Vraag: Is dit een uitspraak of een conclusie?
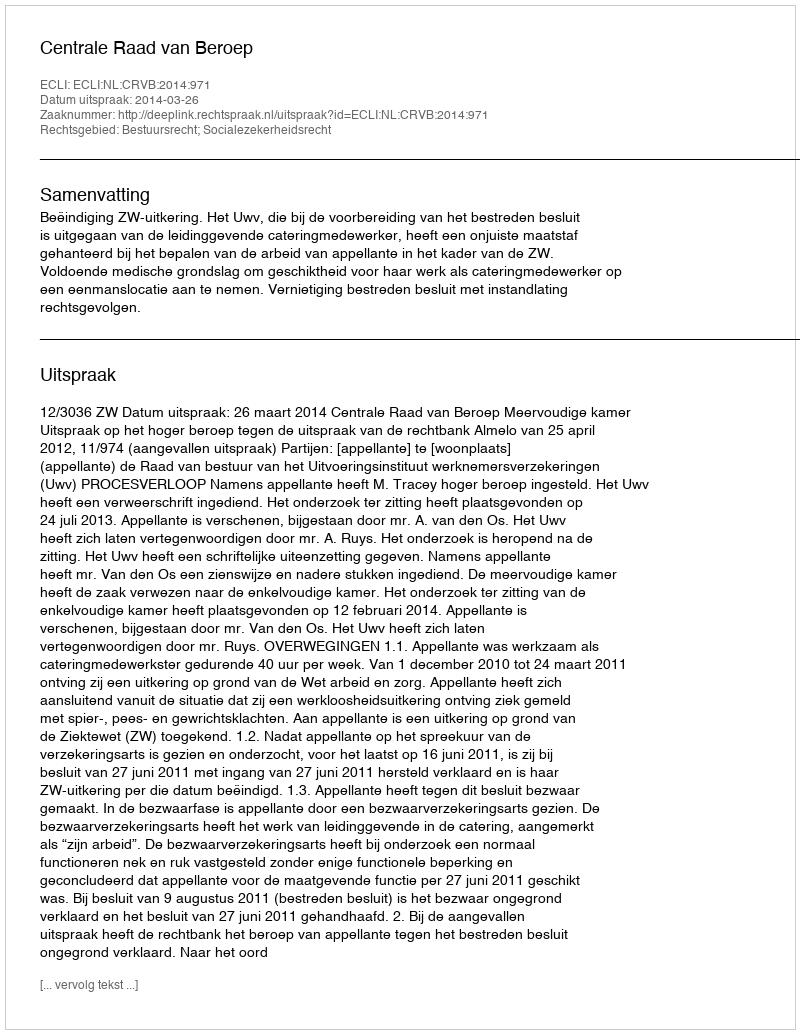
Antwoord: Uitspraak